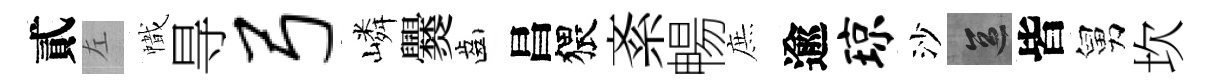
貳左幟㝵弓嶙爨齒昌猥紊暢庶逾琼沙區皆舅坎